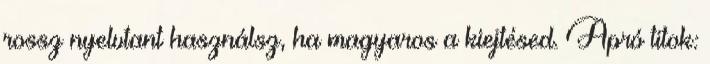
rossz nyelvtant használsz, ha magyaros a kiejtésed. Apró titok: